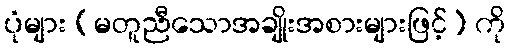
ပုံများ (မတူညီသောအချိုးအစားများဖြင့်) ကို